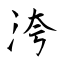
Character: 洿